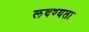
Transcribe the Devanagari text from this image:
लवण्यता